Civil Veterinary Department. Madras. Admin. report 1926-33 - 1926-1933
Year: 1926
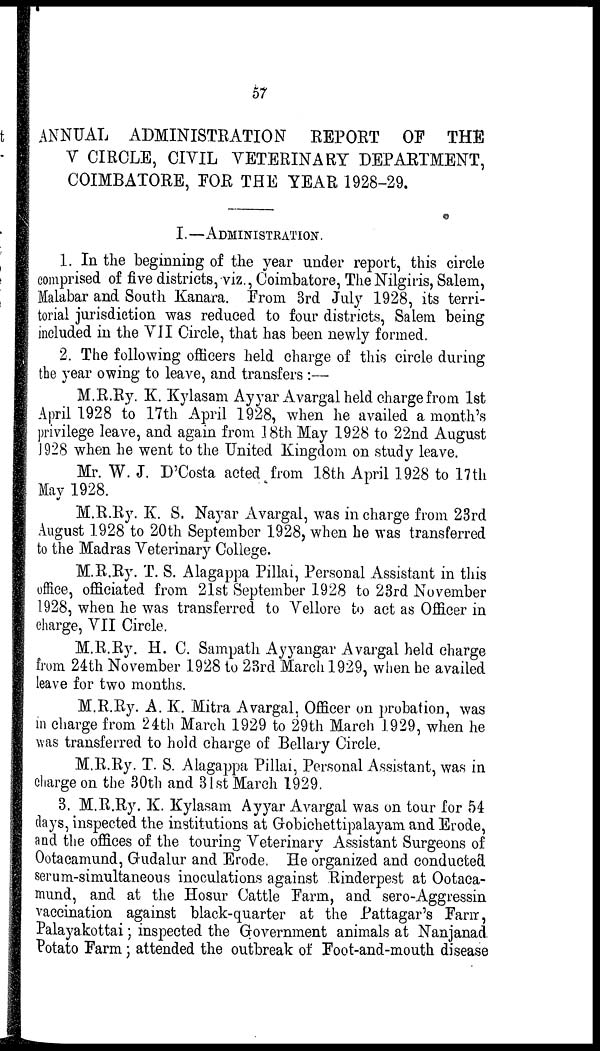
57
ANNUAL ADMINISTRATION
REPORT OF THE
V CIRCLE, CIVIL VETERINARY DEPARTMENT,
COIMBATORE, FOR THE YEAR 1928-29.
I.—ADMINISTRATION.
1. In the beginning of the year under report, this circle
comprised of five districts, viz., Coimbatore, The Nilgiris, Salem,
Malabar and South Kanara. From 3rd July 1928, its terri-
torial jurisdiction was reduced to four districts, Salem being
included in the VII Circle, that has been newly formed.
2. The following officers held charge of this circle during
the year owing to leave, and transfers :—
M.R.Ry. K. Kylasam Ayyar Avargal held charge from 1st
April 1928 to 17th April 1928, when he availed a month's
privilege leave, and again from 18th May 1928 to 22nd August
1928 when he went to the United Kingdom on study leave.
Mr. W. J. D'Costa acted from 18th April 1928 to 17th
May 1928.
M.R.Ry. K. S. Nayar Avargal, was in charge from 23rd
August 1928 to 20th September 1928, when he was transferred
to the Madras Veterinary College.
M.R.Ry. T. S. Alagappa Pillai, Personal Assistant in this
office, officiated from 21st September 1928 to 23rd November
1928, when he was transferred to Vellore to act as Officer in
charge, VII Circle.
M.R.Ry. H. C. Sampath Ayyangar Avargal held charge
from 24th November 1928 to 23rd March 1929, when he availed
leave for two months.
M.R.Ry. A. K. Mitra Avargal, Officer on probation, was
in charge from 24th March 1929 to 29th March 1929, when he
was transferred to hold charge of Bellary Circle.
M.R.Ry. T. S. Alagappa Pillai, Personal Assistant, was in
charge on the 30th and 31st March 1929.
3. M.R.Ry. K. Kylasam Ayyar Avargal was on tour for 54
days, inspected the institutions at Gobichettipalayam and Erode,
and the offices of the touring Veterinary Assistant Surgeons of
Ootacamund, Gudalur and Erode. He organized and conducted
serum-simultaneous inoculations against Rinderpest at Ootaca-
mund, and at the Hosur Cattle Farm, and sero-Aggressin
vaccination against black-quarter at the Pattagar's Farm,
Palayakottai; inspected the Government animals at Nanjanad.
Potato Farm; attended the outbreak of Foot-and-mouth disease